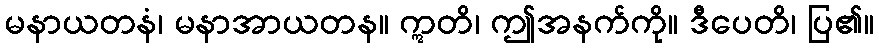
မနာယတနံ၊ မနာအာယတန။ ဣတိ၊ ဤအနက်ကို။ ဒီပေတိ၊ ပြ၏။